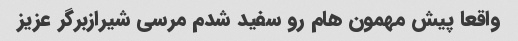
واقعا پیش مهمون هام رو سفید شدم مرسی شیرازبرگر عزیز